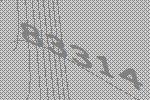
83314